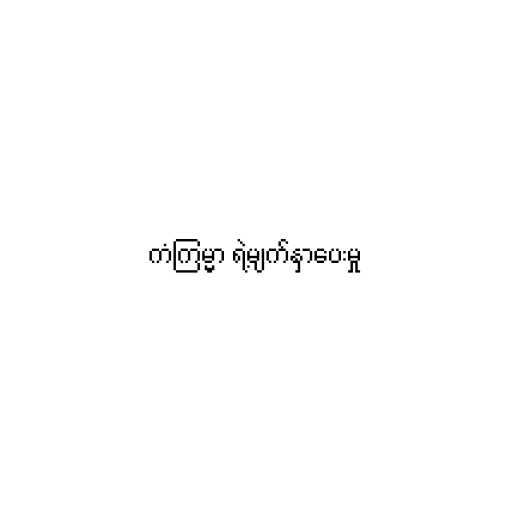
ကံကြမ္မာ ရဲ့မျက်နှာပေးမှု